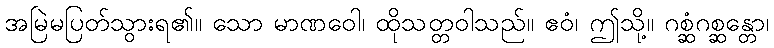
အမြဲမပြတ်သွားရ၏။ သော မာဏဝေါ၊ ထိုသတ္တဝါသည်။ ဧဝံ၊ ဤသို့။ ဂစ္ဆံဂစ္ဆန္တော၊